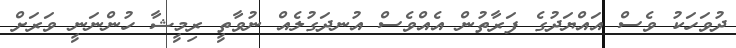
ދުވަހަކު ވެސް އައްޔަދުގެ ފަރާތުން އެއްވެސް އުނދަގުލެއް ނުވާތީ ރިމީޝާ ހުންނަނީ ވަރަށް